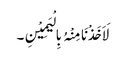
لَاَخَذْنَا مِنْہُ بِالْیَمِیْنِ۔